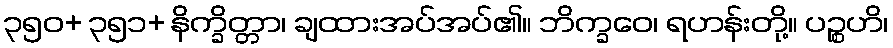
၃၅၀+ ၃၅၁+ နိက္ခိတ္တာ၊ ချထားအပ်အပ်၏။ ဘိက္ခဝေ၊ ရဟန်းတို့။ ပဉ္စဟိ၊